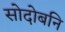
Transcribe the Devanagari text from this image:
सोदोबनि